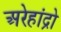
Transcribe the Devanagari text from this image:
अरेहांद्रो